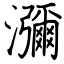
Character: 瀰